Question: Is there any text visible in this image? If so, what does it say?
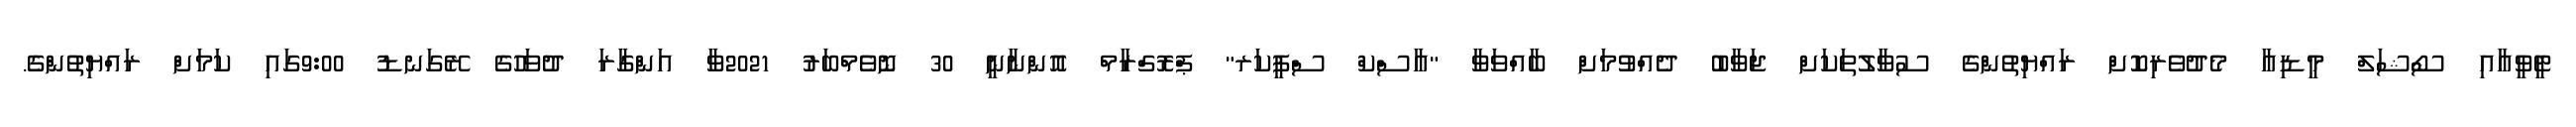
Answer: ޓީވީއާއި ސޯޝަލް މީޑިއާ މެދުވެރިކޮށް ރައްޔިތުންގެ ސުވާލުތަކަށް ޖަވާބު ދެއްވުމަށް ބާއްވަވާ "އާސްކް ސްޕީކަރ" ޕްރޮގްރާމް އޮންނާނީ 30 ނޮވެމްބަރު 2021ވާ އަންގާރަ ދުވަހުގެ ރޭގަނޑު 9:00ގައި ކަމަށް ރައްޔިތުންގެ.